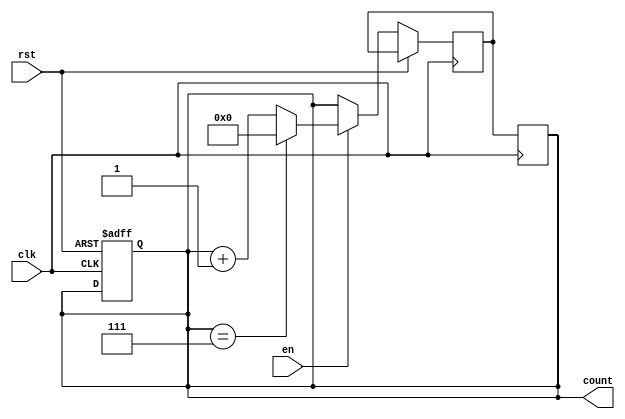
module modulo_n_up_counter (
    input wire clk,          // Clock input
    input wire rst,          // Reset input
    input wire en,           // Enable input
    output reg [N-1:0] count // Output count signal
);

// Local parameters
parameter N = 8; // Modulo-N value

// Local signals
reg [N-1:0] next_count; // Next count value

// Always block for synchronous counter operation
always @(posedge clk or posedge rst) begin
    if (rst) begin
        count <= 0;
    end else begin
        if (en) begin
            if (count == N-1) begin
                next_count <= 0;
            end else begin
                next_count <= count + 1;
            end
        end else begin
            next_count <= count;
        end
    end
end

// Assign next count value to current count at next clock edge
always @(posedge clk) begin
    count <= next_count;
end

endmodule